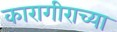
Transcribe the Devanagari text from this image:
कारागीराच्या